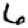
Digit: 6